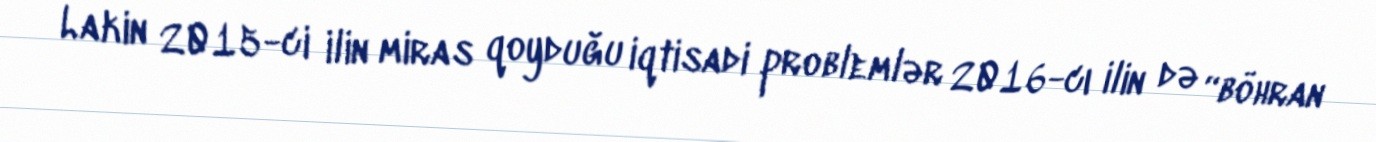
Lakin 2015-ci ilin miras qoyduğu iqtisadi problemlər 2016-cı ilin də “böhran